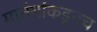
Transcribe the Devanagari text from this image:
मातंगांकडूनच